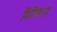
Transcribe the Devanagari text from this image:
मित्किना